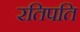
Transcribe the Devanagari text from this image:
रतिपति